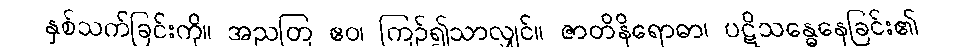
နှစ်သက်ခြင်းကို။ အညတြ ဧဝ၊ ကြဉ်၍သာလျှင်။ ဇာတိနိရောဓာ၊ ပဋိသန္ဓေနေခြင်း၏